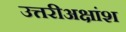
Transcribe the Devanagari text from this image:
उत्तरीअक्षांश